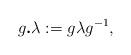
LaTeX: \begin{align*} g\textbf{.}\lambda :=g \lambda g^{-1},\end{align*}